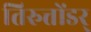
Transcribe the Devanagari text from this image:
तिरुत्तोंडर्